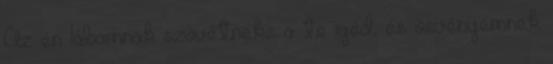
Az én lábamnak szövétneke a te igéd, és ösvényemnek